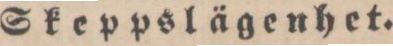
Skeppslägenhet.